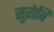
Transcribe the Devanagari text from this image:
सुरोबि